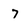
Character: 7